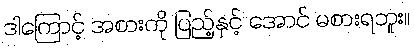
ဒါကြောင့် အစားကို ပြည့်နှင့် အောင် မစားရဘူး။